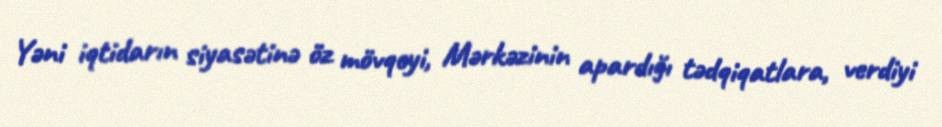
Yəni iqtidarın siyasətinə öz mövqeyi, Mərkəzinin apardığı tədqiqatlara, verdiyi